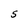
Character: S